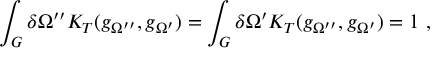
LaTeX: \int _ { G } ^ { } \delta \Omega ^ { \prime \prime } K _ { T } ( g _ { \Omega ^ { \prime \prime } } , g _ { \Omega ^ { \prime } } ) = \int _ { G } ^ { } \delta \Omega ^ { \prime } K _ { T } ( g _ { \Omega ^ { \prime \prime } } , g _ { \Omega ^ { \prime } } ) = 1 \ ,